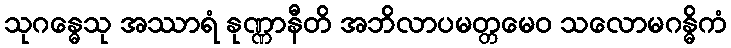
သုဂန္ဓေသု အဿာရံ နုဏ္ဏာနီတိ အဘိလာပမတ္တမေဝ သလောမဂန္ဓိကံ